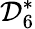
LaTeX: {\mathcal{D}}_{6}^{*}